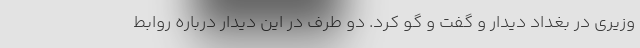
وزیری در بغداد دیدار و گفت و گو کرد. دو طرف در این دیدار درباره روابط